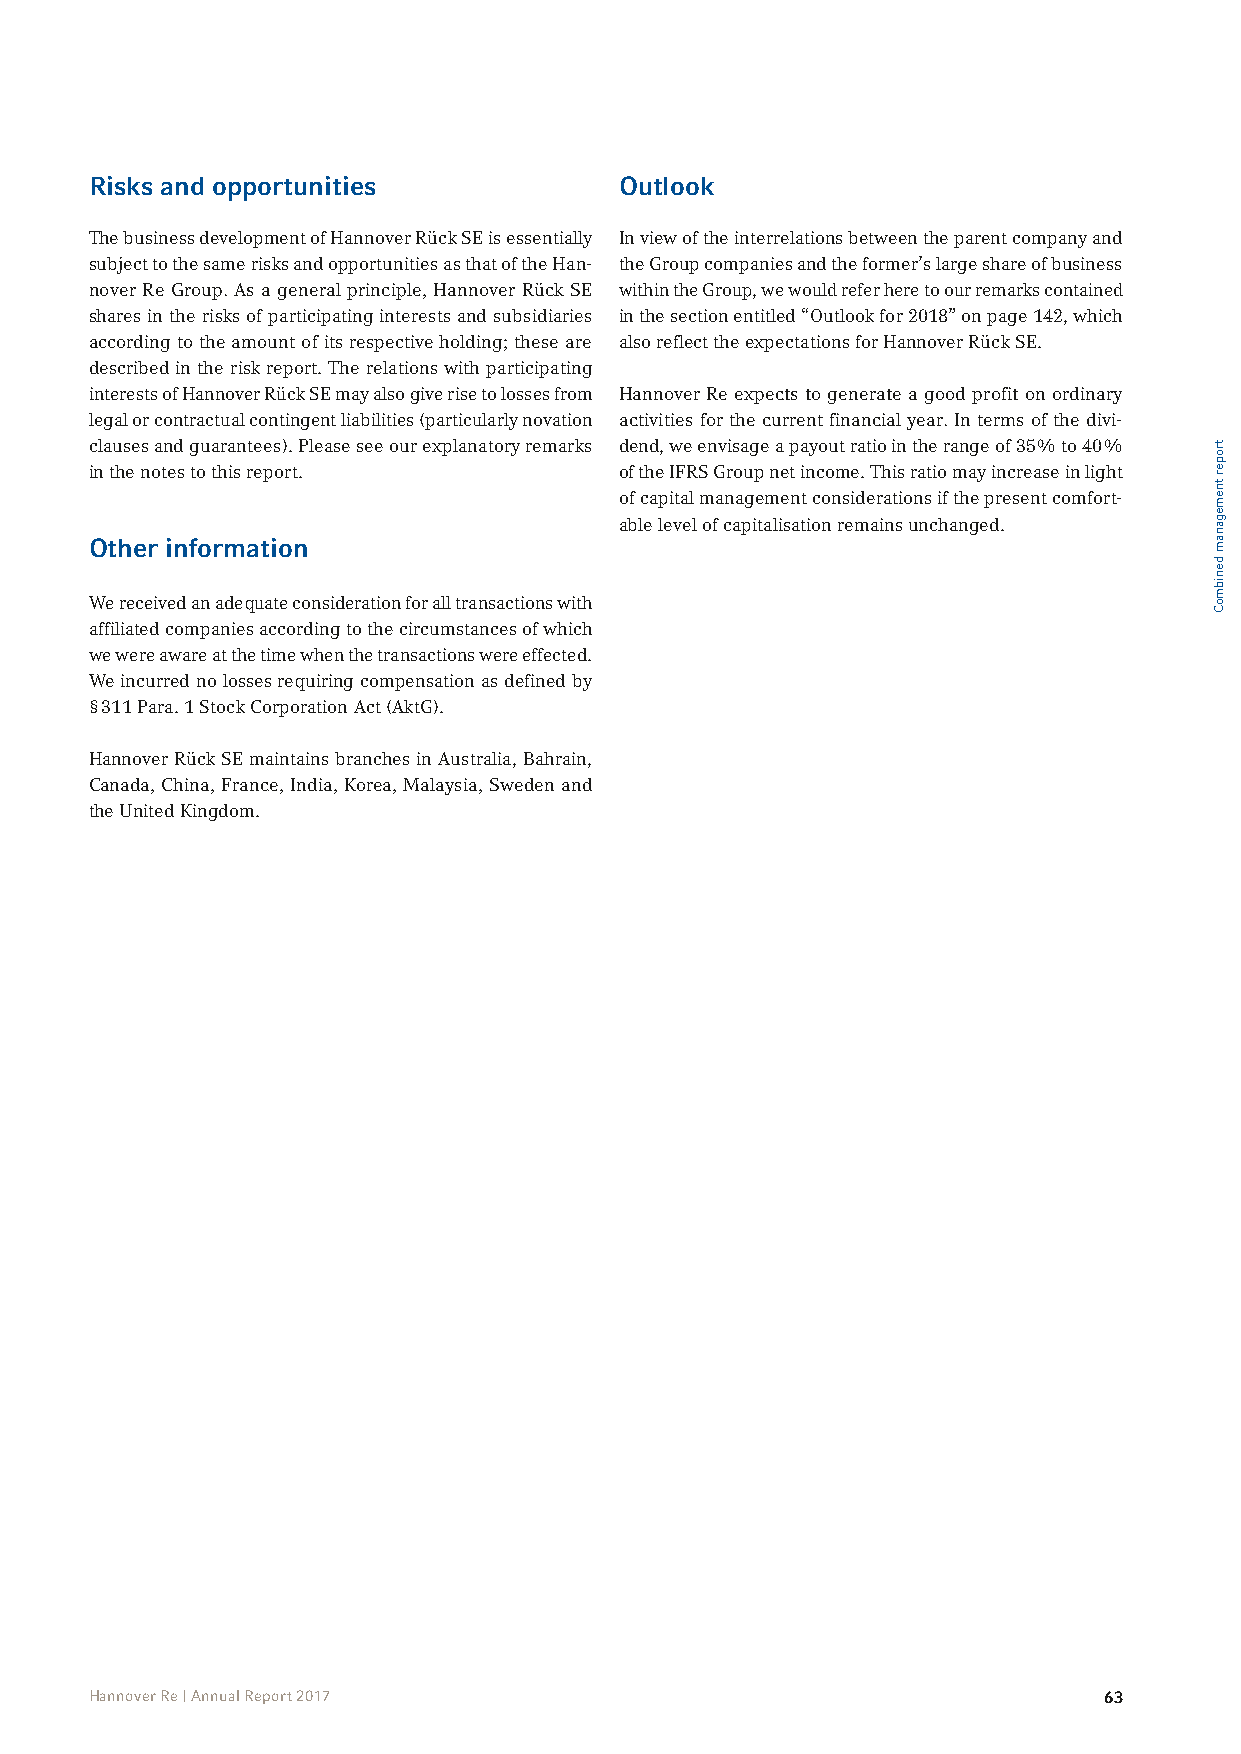
Risks and opportunities            Outlook
 The business development of Hannover Rück SE is essentially In view of the interrelations between the parent company and
 subject to the same risks and opportunities as that of the Han- the Group companies and the former’s large share of business
 nover Re Group. As a general principle, Hannover Rück SE within the Group, we would refer here to our remarks contained
 shares in the risks of participating interests and subsidiaries in the section entitled “Outlook for 2018” on page 142, which
 according to the amount of its respective holding; these are also reflect the expectations for Hannover Rück SE.
 described in the risk report. The relations with participating
 interests of Hannover Rück SE may also give rise to losses from Hannover Re expects to generate a good profit on ordinary
 legal or contractual contingent liabilities (particularly novation activities for the current financial year. In terms of the divi-
 clauses and guarantees). Please see our explanatory remarks dend, we envisage a payout ratio in the range of 35% to 40%
 in the notes to this report.       of the IFRS Group net income. This ratio may increase in light
 of capital management considerations if the present comfort-
 able level of capitalisation remains unchanged.
 Other information
 We received an adequate consideration for all transactions with
 affiliated companies according to the circumstances of which
 we were aware at the time when the transactions were effected.
 We incurred no losses requiring compensation as defined by
 § 311 Para. 1 Stock Corporation Act (AktG).
 Hannover Rück SE maintains branches in Australia, Bahrain,
 Canada, China, France, India, Korea, Malaysia, Sweden and
 the United Kingdom.
 Hannover Re | Annual Report 2017                                   63
 troper
 tnemeganam
 denibmoC